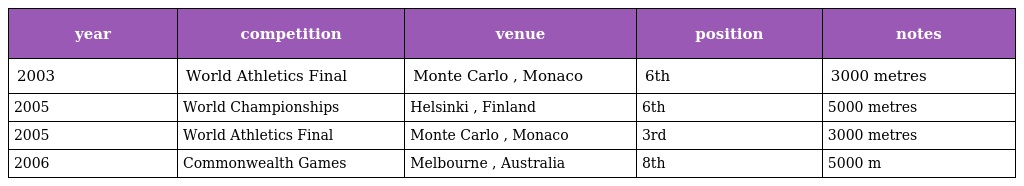
| year | competition | venue | position | notes |
 | --- | --- | --- | --- | --- |
 | 2003 | World Athletics Final | Monte Carlo , Monaco | 6th | 3000 metres |
 | 2005 | World Championships | Helsinki , Finland | 6th | 5000 metres |
 | 2005 | World Athletics Final | Monte Carlo , Monaco | 3rd | 3000 metres |
 | 2006 | Commonwealth Games | Melbourne , Australia | 8th | 5000 m |